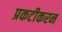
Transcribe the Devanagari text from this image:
प्रकटीकरन